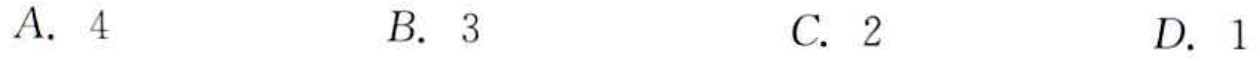
A. \(4\)  B. \(3\)  C. \(2\)  D. \(1\)